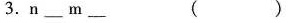
3.n___m ___( )